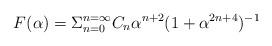
LaTeX: \begin{align*}F(\alpha) = \Sigma_{n=0}^{n=\infty} C_n \alpha^{n+2} (1 + \alpha^{2n+4})^{-1}\end{align*}